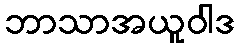
ဘာသာအယူဝါဒ